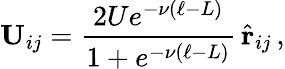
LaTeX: \mathbf{U}_{ij}=\frac{2Ue^{-\nu\left(\ell-L\right)}}{1+e^{-\nu\left(\ell-L\right)}}\, \hat{\mathbf{r}}_{ij}\, ,